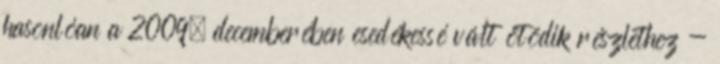
hasonlóan a 2009. decemberében esedékessé vált ötödik részlethez -